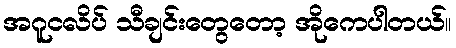
အဂူငလိပ် သီချင်းတွေတော့ အိုကေပါတယ်။